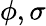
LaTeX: \phi,\sigma